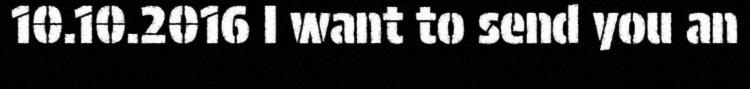
10.10.2016 I want to send you an